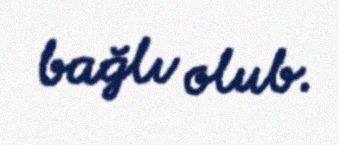
bağlı olub.